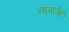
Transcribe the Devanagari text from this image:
नागार्जून